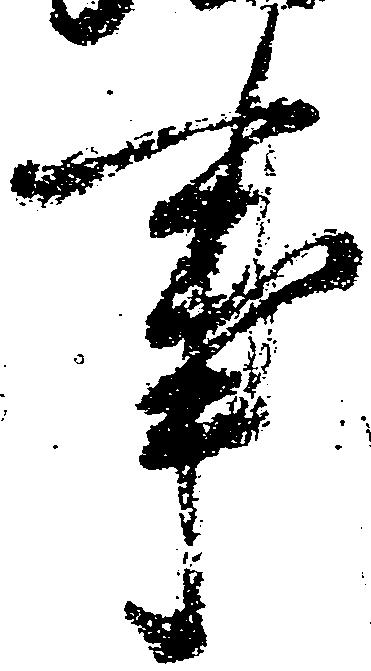
事